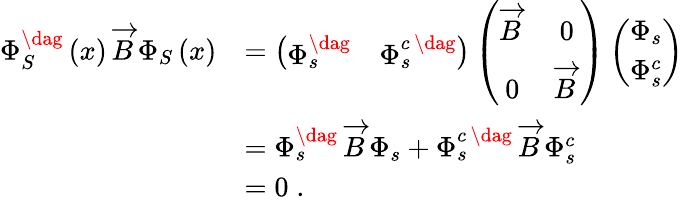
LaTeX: \begin{array}{rl}{\Phi_{S}^{\dag}\left(x\right)\, \overrightarrow{B}\, \Phi_{S}\left(x\right)}&{=\left(\begin{array}{cc}{\Phi_{s}^{\dag}}&{\Phi_{s}^{c\, \dag}}\end{array}\right)\left(\begin{array}{cc}{\overrightarrow{B}\, }&{0}\\ {0}&{\overrightarrow{B}\, }\end{array}\right)\left(\begin{array}{c}{\Phi_{s}}\\ {\Phi_{s}^{c}}\end{array}\right)}\\ &{=\Phi_{s}^{\dag}\, \overrightarrow{B}\, \Phi_{s}+\Phi_{s}^{c\, \dag}\, \overrightarrow{B}\, \Phi_{s}^{c}}\\ &{=0\; .}\end{array}